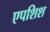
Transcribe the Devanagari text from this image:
एपशिश